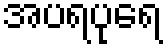
အပရပုရေ